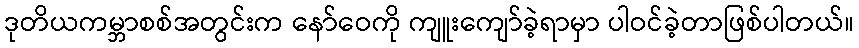
ဒုတိယကမ္ဘာစစ်အတွင်းက နော်ဝေကို ကျူးကျော်ခဲ့ရာမှာ ပါဝင်ခဲ့တာဖြစ်ပါတယ်။